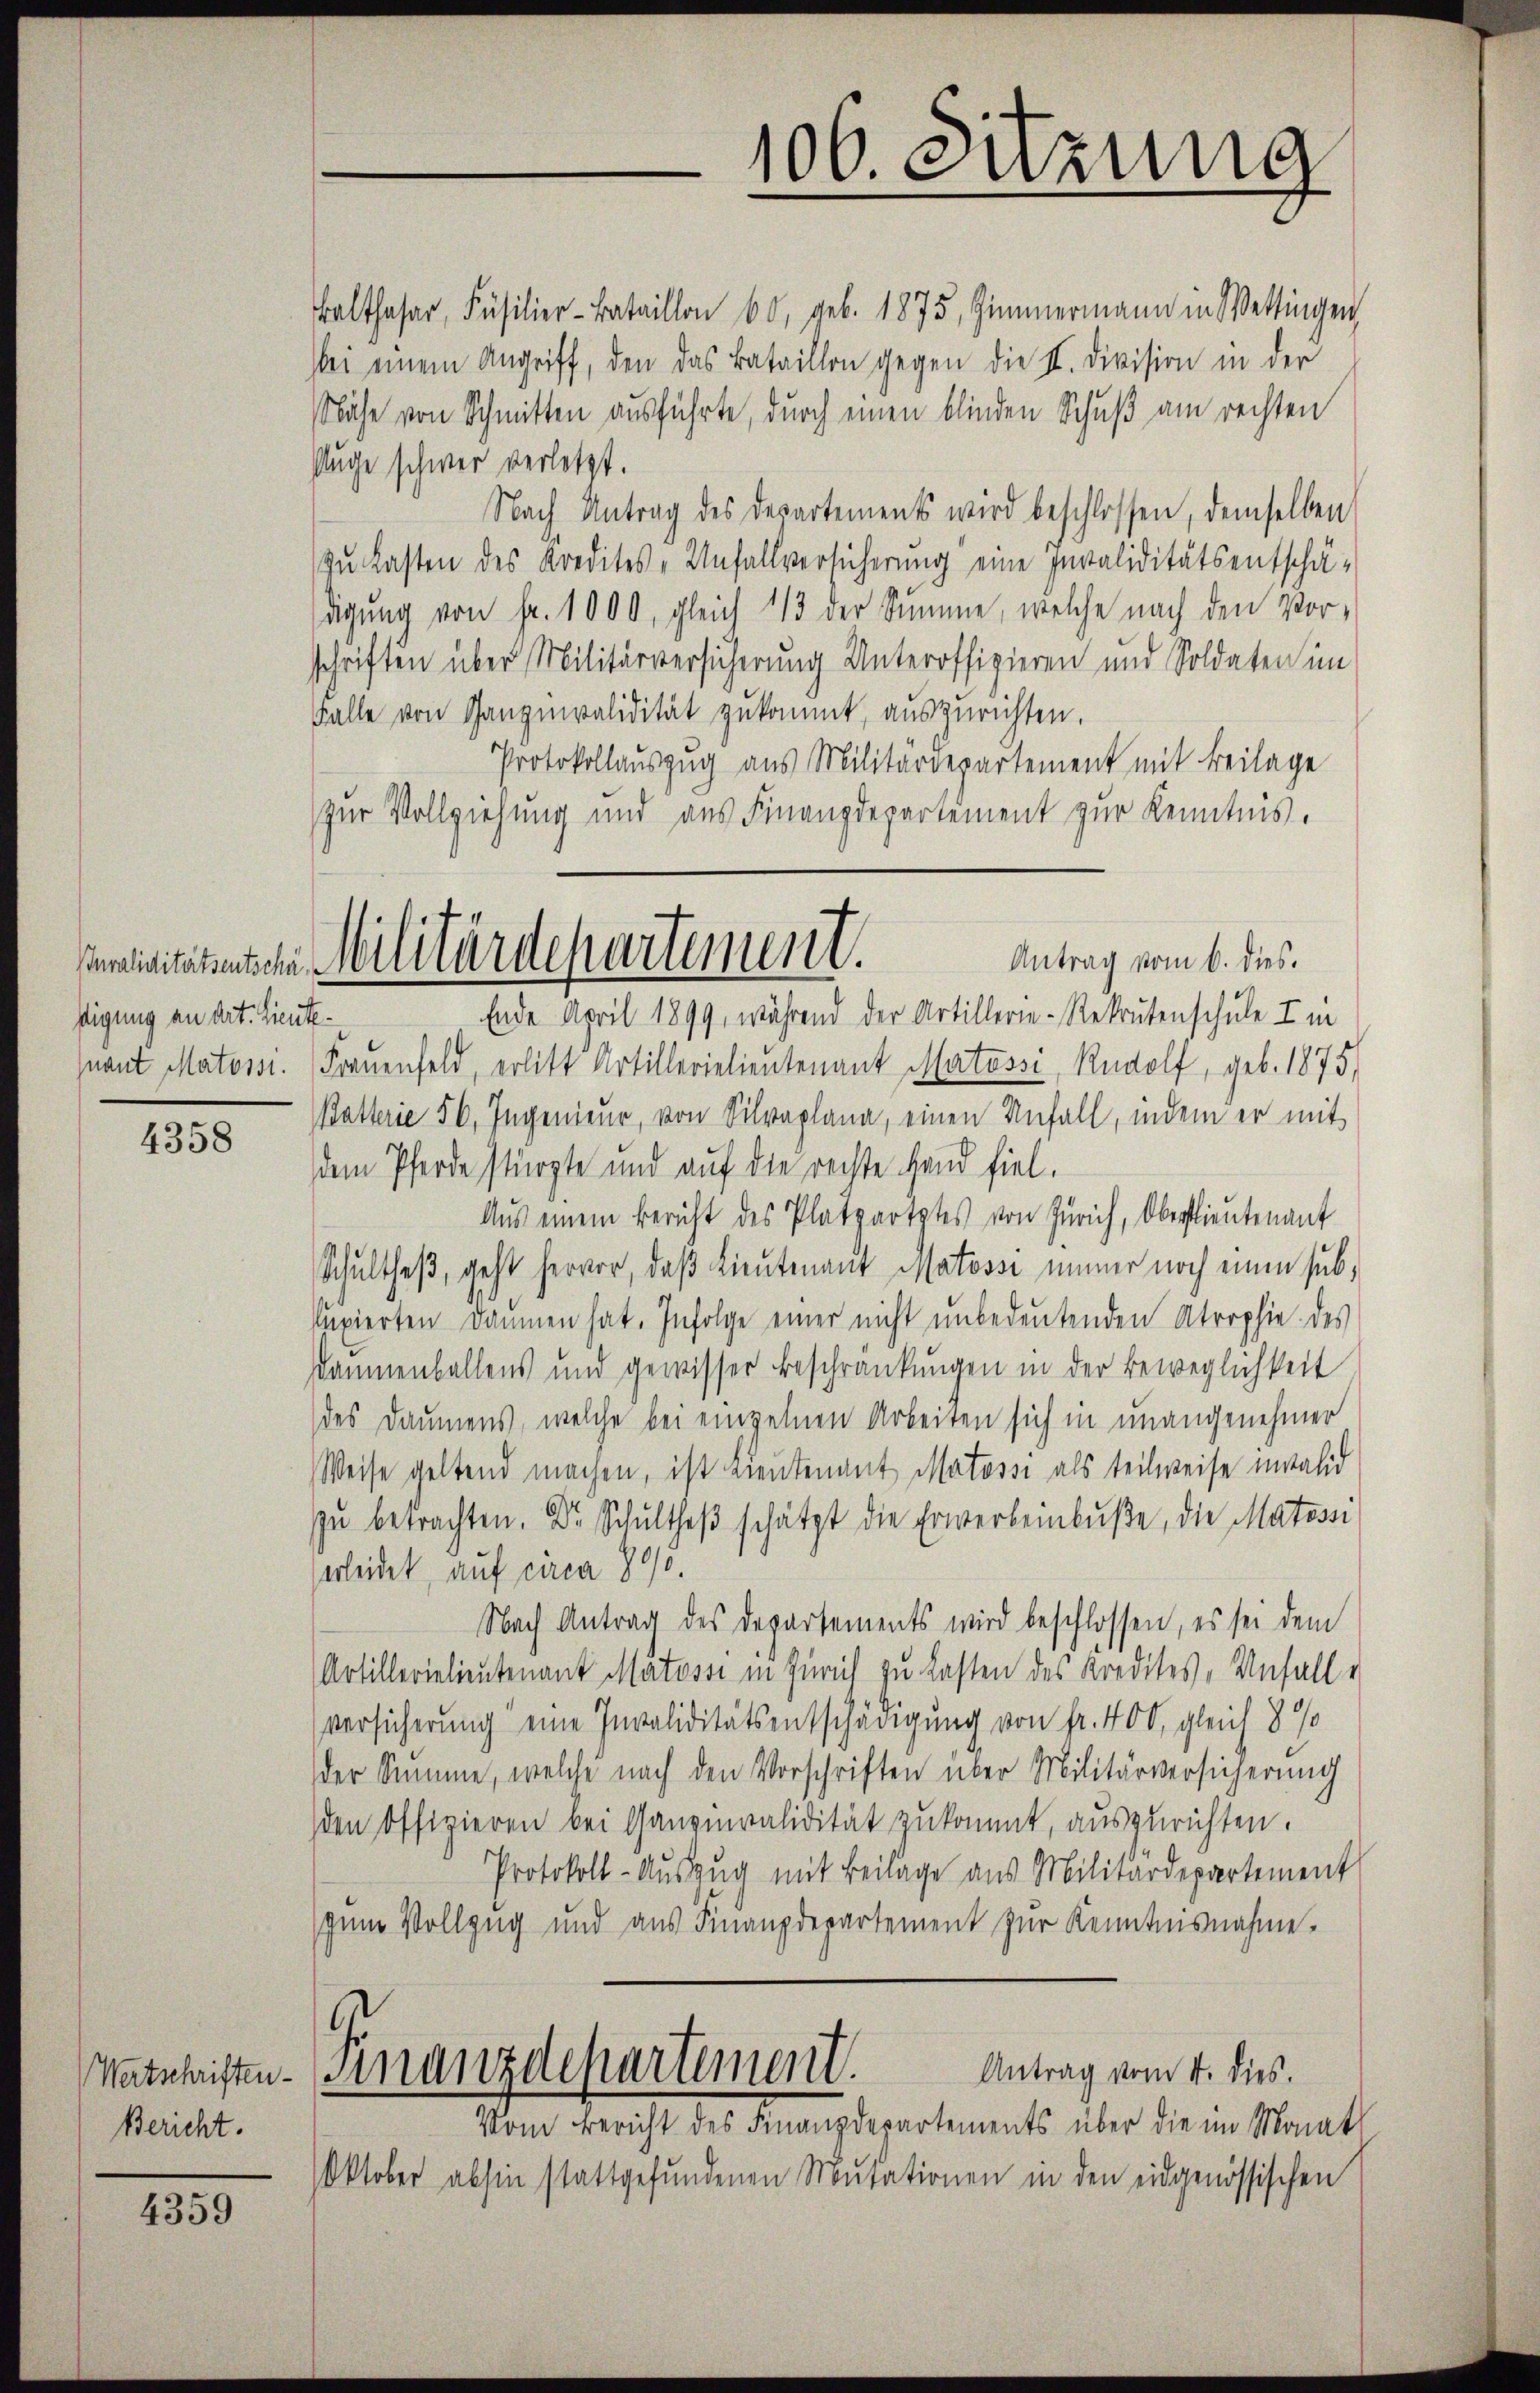
stigung an Art. Lieute¬

4358

Wertschriften.
Bericht.

4359

Balthasar, Füsilier-Bataillon 60, geb. 1875, Zimmermann in Wettingen
bei einem Angriff, den das Bataillon gegen die II. Division in der
Nähe von Schmitten ausführte, durch einen blinden Schuß am rechten
Auge schwer verletzt.
Nach Antrag des Departements wird beschlossen, demselben
In Lasten des Kredites - Unfallversicherung eine Invaliditätsentschä-
digung von fr. 1000, gleich 1/3 der Summe, welche nach den Vorschriften über Militärversicherung Unteroffizieren und Soldaten im
Falle von Gangmvalidität zukommt, auszurichten.
Protokollauszug aus Militärdepartement mit Beilage
zur Vollziehung und aus Finanzdepartement zur Kenntnis.

Ende April 1899, während der Artillerie-Rekrutenschule I in
Quant Matossi. Frauenfeld, erlitt Artillerielieutenant Matossi, Rudolf, geb. 1875,
Batterie 56, Ingenieur, von Silvaplana, einen Anfall, indem er mit
dem Pferde stürzte und auf die rechte Hand fiel.
Aus einem Bericht des Platzartztes von Zürich, Oberstlieutenant
Schultheß, geht hervor, daß Lieutenant Matosse immer noch einen sub¬
Pupierten Daumen hat. Infolge einer nicht unbedeutenden Atrophie des
Daumenballens und gewisser Beschränkungen in der Beweglichkeit
des Daumens, welche bei einzelnen Arbeiten sich in unangenehmer
Weise geltend machen, ist Lieutenant Matossi als teilweise invalid
zŭ betrachten. Dr. Schultheß schätzt die Erwerbeinbuße, die Matossi
erleidet, auf circa 905.
Nach Antrag des Departements wird beschlossen, es sei dem
Artillerielieutenant Matossi in Zürich zu lasten des Kredites, Unfalle
Versicherung eine Invaliditätsentschädigung von fr. 400, gleich 8 %
der Summe, welche nach den Vorschriften über Militärversicherung
den Offizieren bei Ganginvalidität zukommt, auszurichten.
Protokoll-Auszug mit Beilage aus Militärdepartement
jene Vollzug und aus Finanzdepartement zur Kenntnisnahme.
Antrag vom 4. dies.
Finanzdepartement.
Vom Bericht des Finanzdepartements über die im Monat
Oktober abhin stattgefundenen Mutationen in den eidgenössischen

106. Sitzung

Antrag vom 6. dies.
Militätenten Militärdepartement.